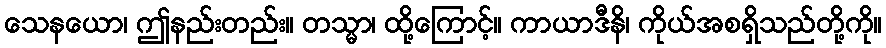
သေနယော၊ ဤနည်းတည်း။ တသ္မာ၊ ထို့ကြောင့်။ ကာယာဒီနိ၊ ကိုယ်အစရှိသည်တို့ကို။